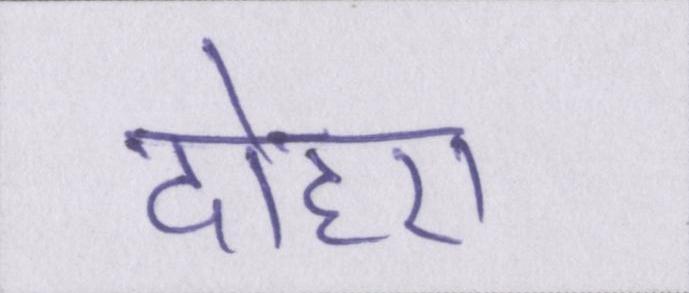
दोहरा